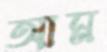
আম